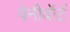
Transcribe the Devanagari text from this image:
पेनीवॉर्ट